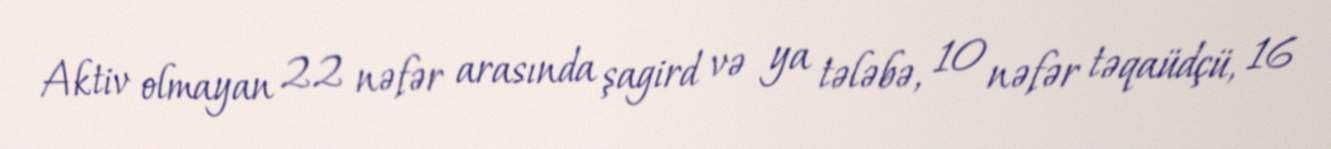
Aktiv olmayan 22 nəfər arasında şagird və ya tələbə, 10 nəfər təqaüdçü, 16